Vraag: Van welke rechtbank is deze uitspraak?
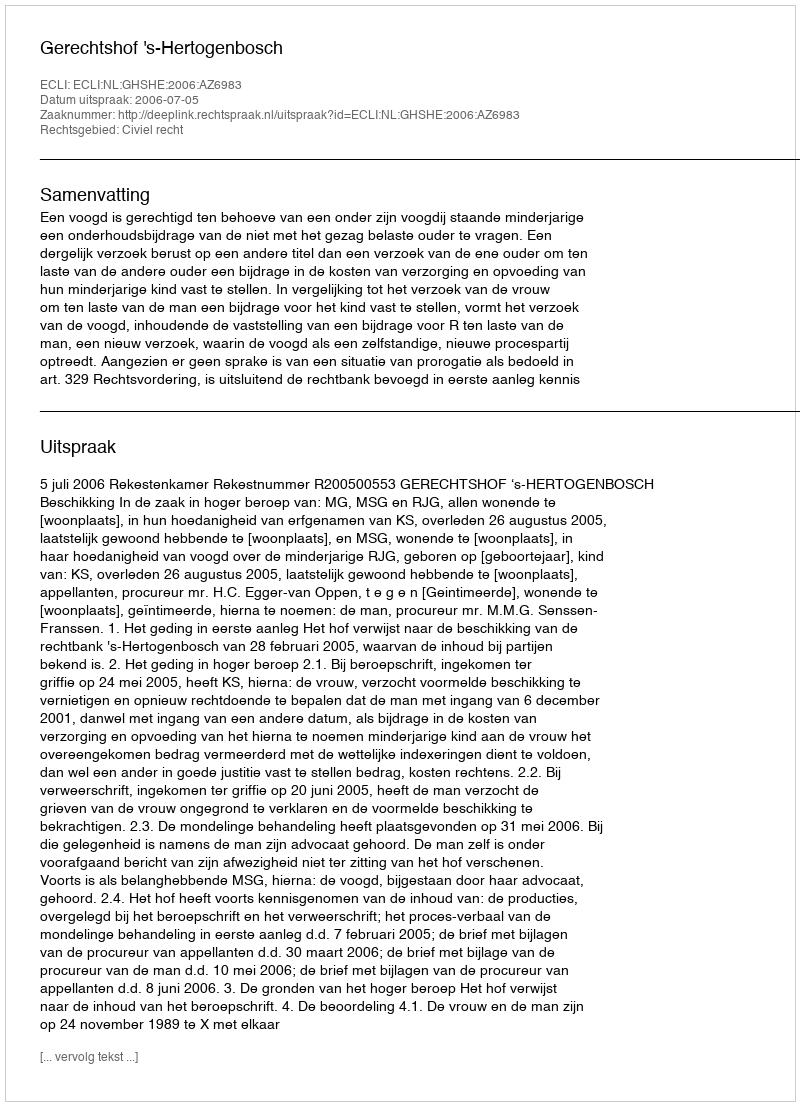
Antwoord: Gerechtshof 's-Hertogenbosch